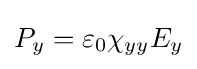
P_{y}=\varepsilon _{0}\chi _{yy}E_{y}